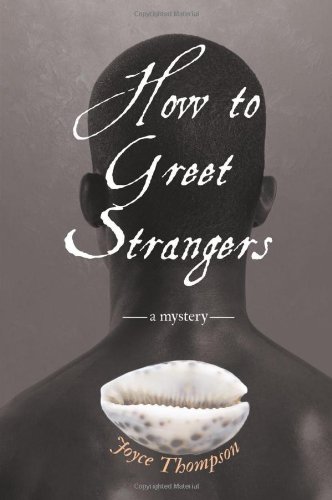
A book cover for How to Greet Strangers: A Mystery; Joyce Thompson; Gay & Lesbian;